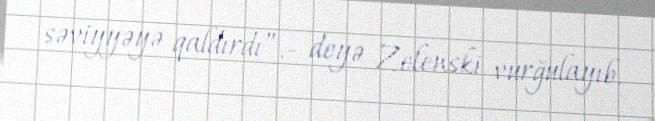
səviyyəyə qaldırdı”,- deyə Zelenski vurğulayıb.